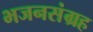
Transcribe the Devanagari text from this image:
भजनसंग्रह